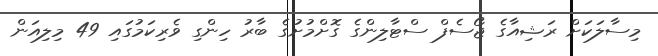
މިސާލަކަށް ރަޝިއާގެ ޖޯސެފް ސްޓާލިންގެ ގޮށްމުށުގެ ބާރު ހިންގި ވެރިކަމުގައި 49 މިލިއަން